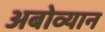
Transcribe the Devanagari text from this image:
अबोव्यान